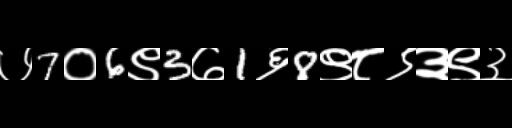
Text: ७7०6९3७1६8९८९३९३